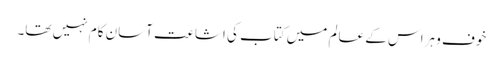
خوف و ہراس کے عالم میں کتاب کی اشاعت آسان کام نہیں تھا۔